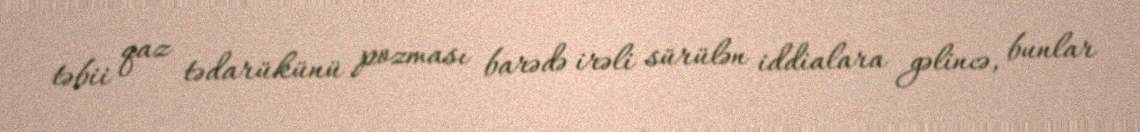
təbii qaz tədarükünü pozması barədə irəli sürülən iddialara gəlincə, bunlar